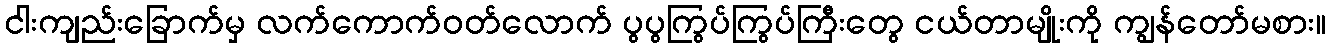
ငါးကျည်းခြောက်မှ လက်ကောက်ဝတ်လောက် ပွပွကြွပ်ကြွပ်ကြီးတွေ ငယ်တာမျိုးကို ကျွန်တော်မစား။